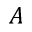
A